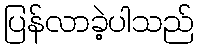
ပြန်လာခဲ့ပါသည်